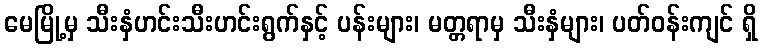
မေမြို့မှ သီးနှံဟင်းသီးဟင်းရွက်နှင့် ပန်းများ၊ မတ္တရာမှ သီးနှံများ၊ ပတ်ဝန်းကျင် ရှိ